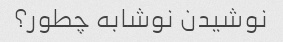
نوشیدن نوشابه چطور؟